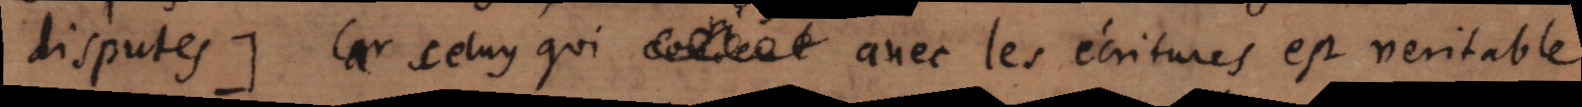
disputes] Car celuy qui avec les écritures est veritable